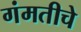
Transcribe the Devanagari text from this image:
गंमतीचे